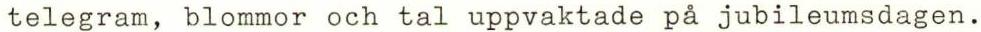
telegram, blommor och tal uppvaktade på jubileumsdagen.